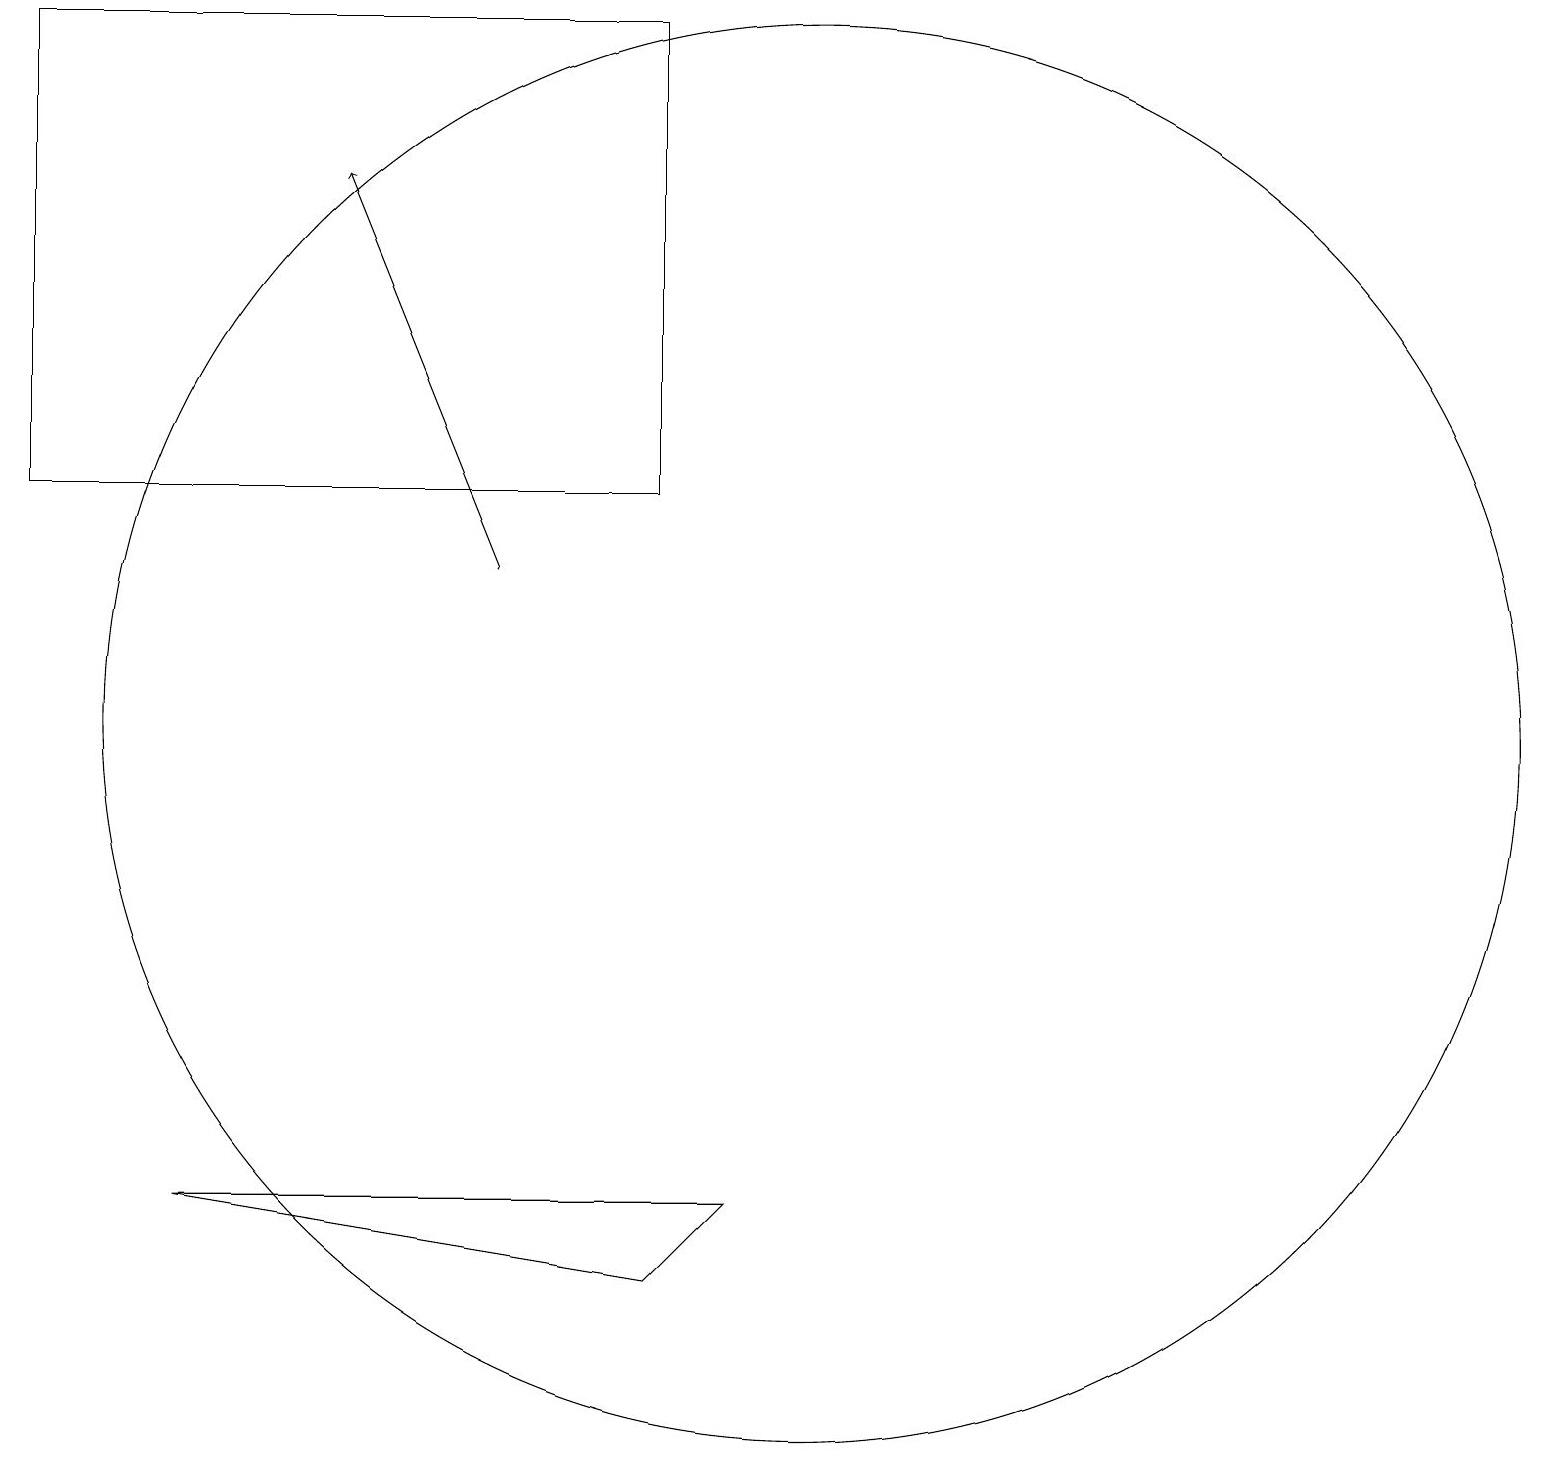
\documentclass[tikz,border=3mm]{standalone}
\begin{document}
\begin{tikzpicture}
\draw[->] (6,12) -- (4,17);
\draw (8,3) -- (9,4) -- (2,4) -- cycle;
\draw (0,13) rectangle (8,19);
\draw (10,11) circle (0);
\draw (10,10) circle (9);
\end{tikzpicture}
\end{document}